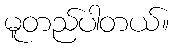
မူတည်ပါတယ်။